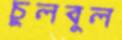
চুলবুল